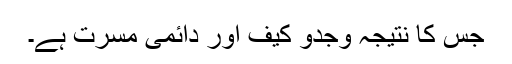
جس کا نتیجہ وجدو کیف اور دائمی مسرت ہے۔